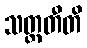
သတ္တတီတိ